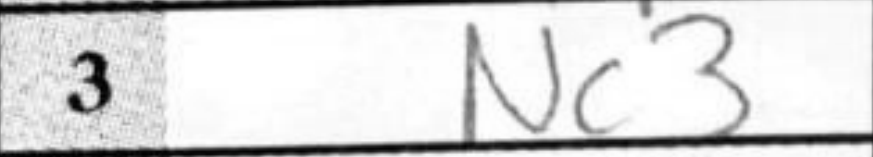
Transcription: Nc3